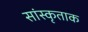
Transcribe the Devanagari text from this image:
सांस्कृताक